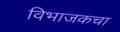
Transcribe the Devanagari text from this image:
विभाजकचा